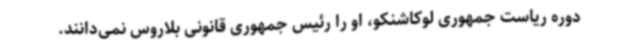
دوره ریاست جمهوری لوکاشنکو، او را رئیس جمهوری قانونی بلاروس نمی‌دانند.